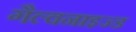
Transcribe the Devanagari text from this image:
गैल्वनाइज्ड